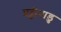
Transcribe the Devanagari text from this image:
प्रट्टीपाडु